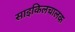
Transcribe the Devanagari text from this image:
साइकिलचालक